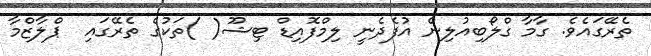
ތެރޭގައެވެ. ގާމާ ގްލޯބިއުލިން އުފެދެނީ ލިމްފޮއިޑް ޓިޝޫ( )ތަކުގެ ތެރޭގައި  ޕްލާޒްމާ